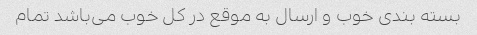
بسته بندی خوب و ارسال به موقع در کل خوب می‌باشد تمام